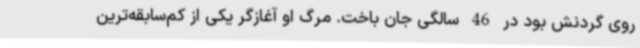
روی گردنش بود در 46 سالگی جان باخت. مرگ او آغازگر یکی از کم‌سابقه‌ترین